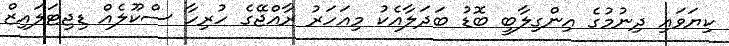
ކިޔަވައި ދިނުމުގެ އިންގިލާބީ ބޮޑު ބަދަލާއެކު މިއަހަރު ރާއްޖޭގެ ހުރިހާ ސްކޫލެއް ޑިޖިޓަލައިޒް